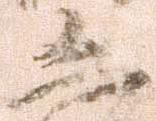
凶